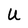
Character: U